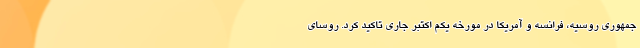
جمهوری روسیه، فرانسه و آمریکا در مورخه یکم اکتبر جاری تاکید کرد. روسای